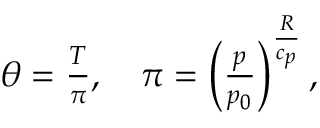
\begin{array} { r } { \theta = \frac { T } { \pi } , \quad \pi = \left( \frac { p } { p _ { 0 } } \right) ^ { \frac { R } { c _ { p } } } , } \end{array}